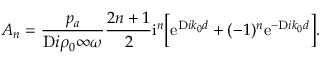
A _ { n } = \frac { p _ { a } } { \mathrm Ḋ i Ḍ \rho _ { 0 } ^ { Ḋ } \infty Ḍ \omega } \frac { 2 n + 1 } { 2 } \mathrm { i } ^ { n } \Big [ \mathrm { e } ^ { \mathrm Ḋ i Ḍ k _ { 0 } d } + ( - 1 ) ^ { n } \mathrm { e } ^ { - \mathrm Ḋ i Ḍ k _ { 0 } d } \Big ] .